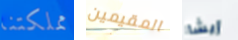
مملكتنا المقيمين إيشا